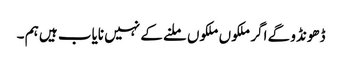
ڈھونڈو گے اگر ملکوں ملکوں ملنے کے نہیں نایاب ہیں ہم ۔